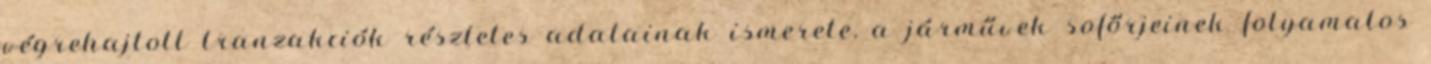
végrehajtott tranzakciók részletes adatainak ismerete, a járművek sofőrjeinek folyamatos